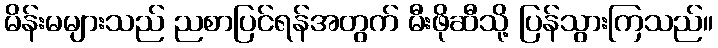
မိန်းမများသည် ညစာပြင်ရန်အတွက် မီးဖိုဆီသို့ ပြန်သွားကြသည်။